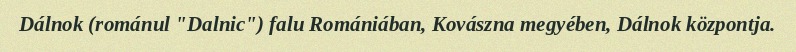
Dálnok (románul "Dalnic") falu Romániában, Kovászna megyében, Dálnok központja.